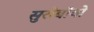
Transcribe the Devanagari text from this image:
सुरोबॉयो